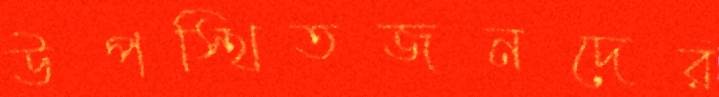
উপস্থিতজনদের